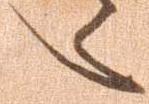
々